Vana-Antsla_vallavalitsus, lk 28
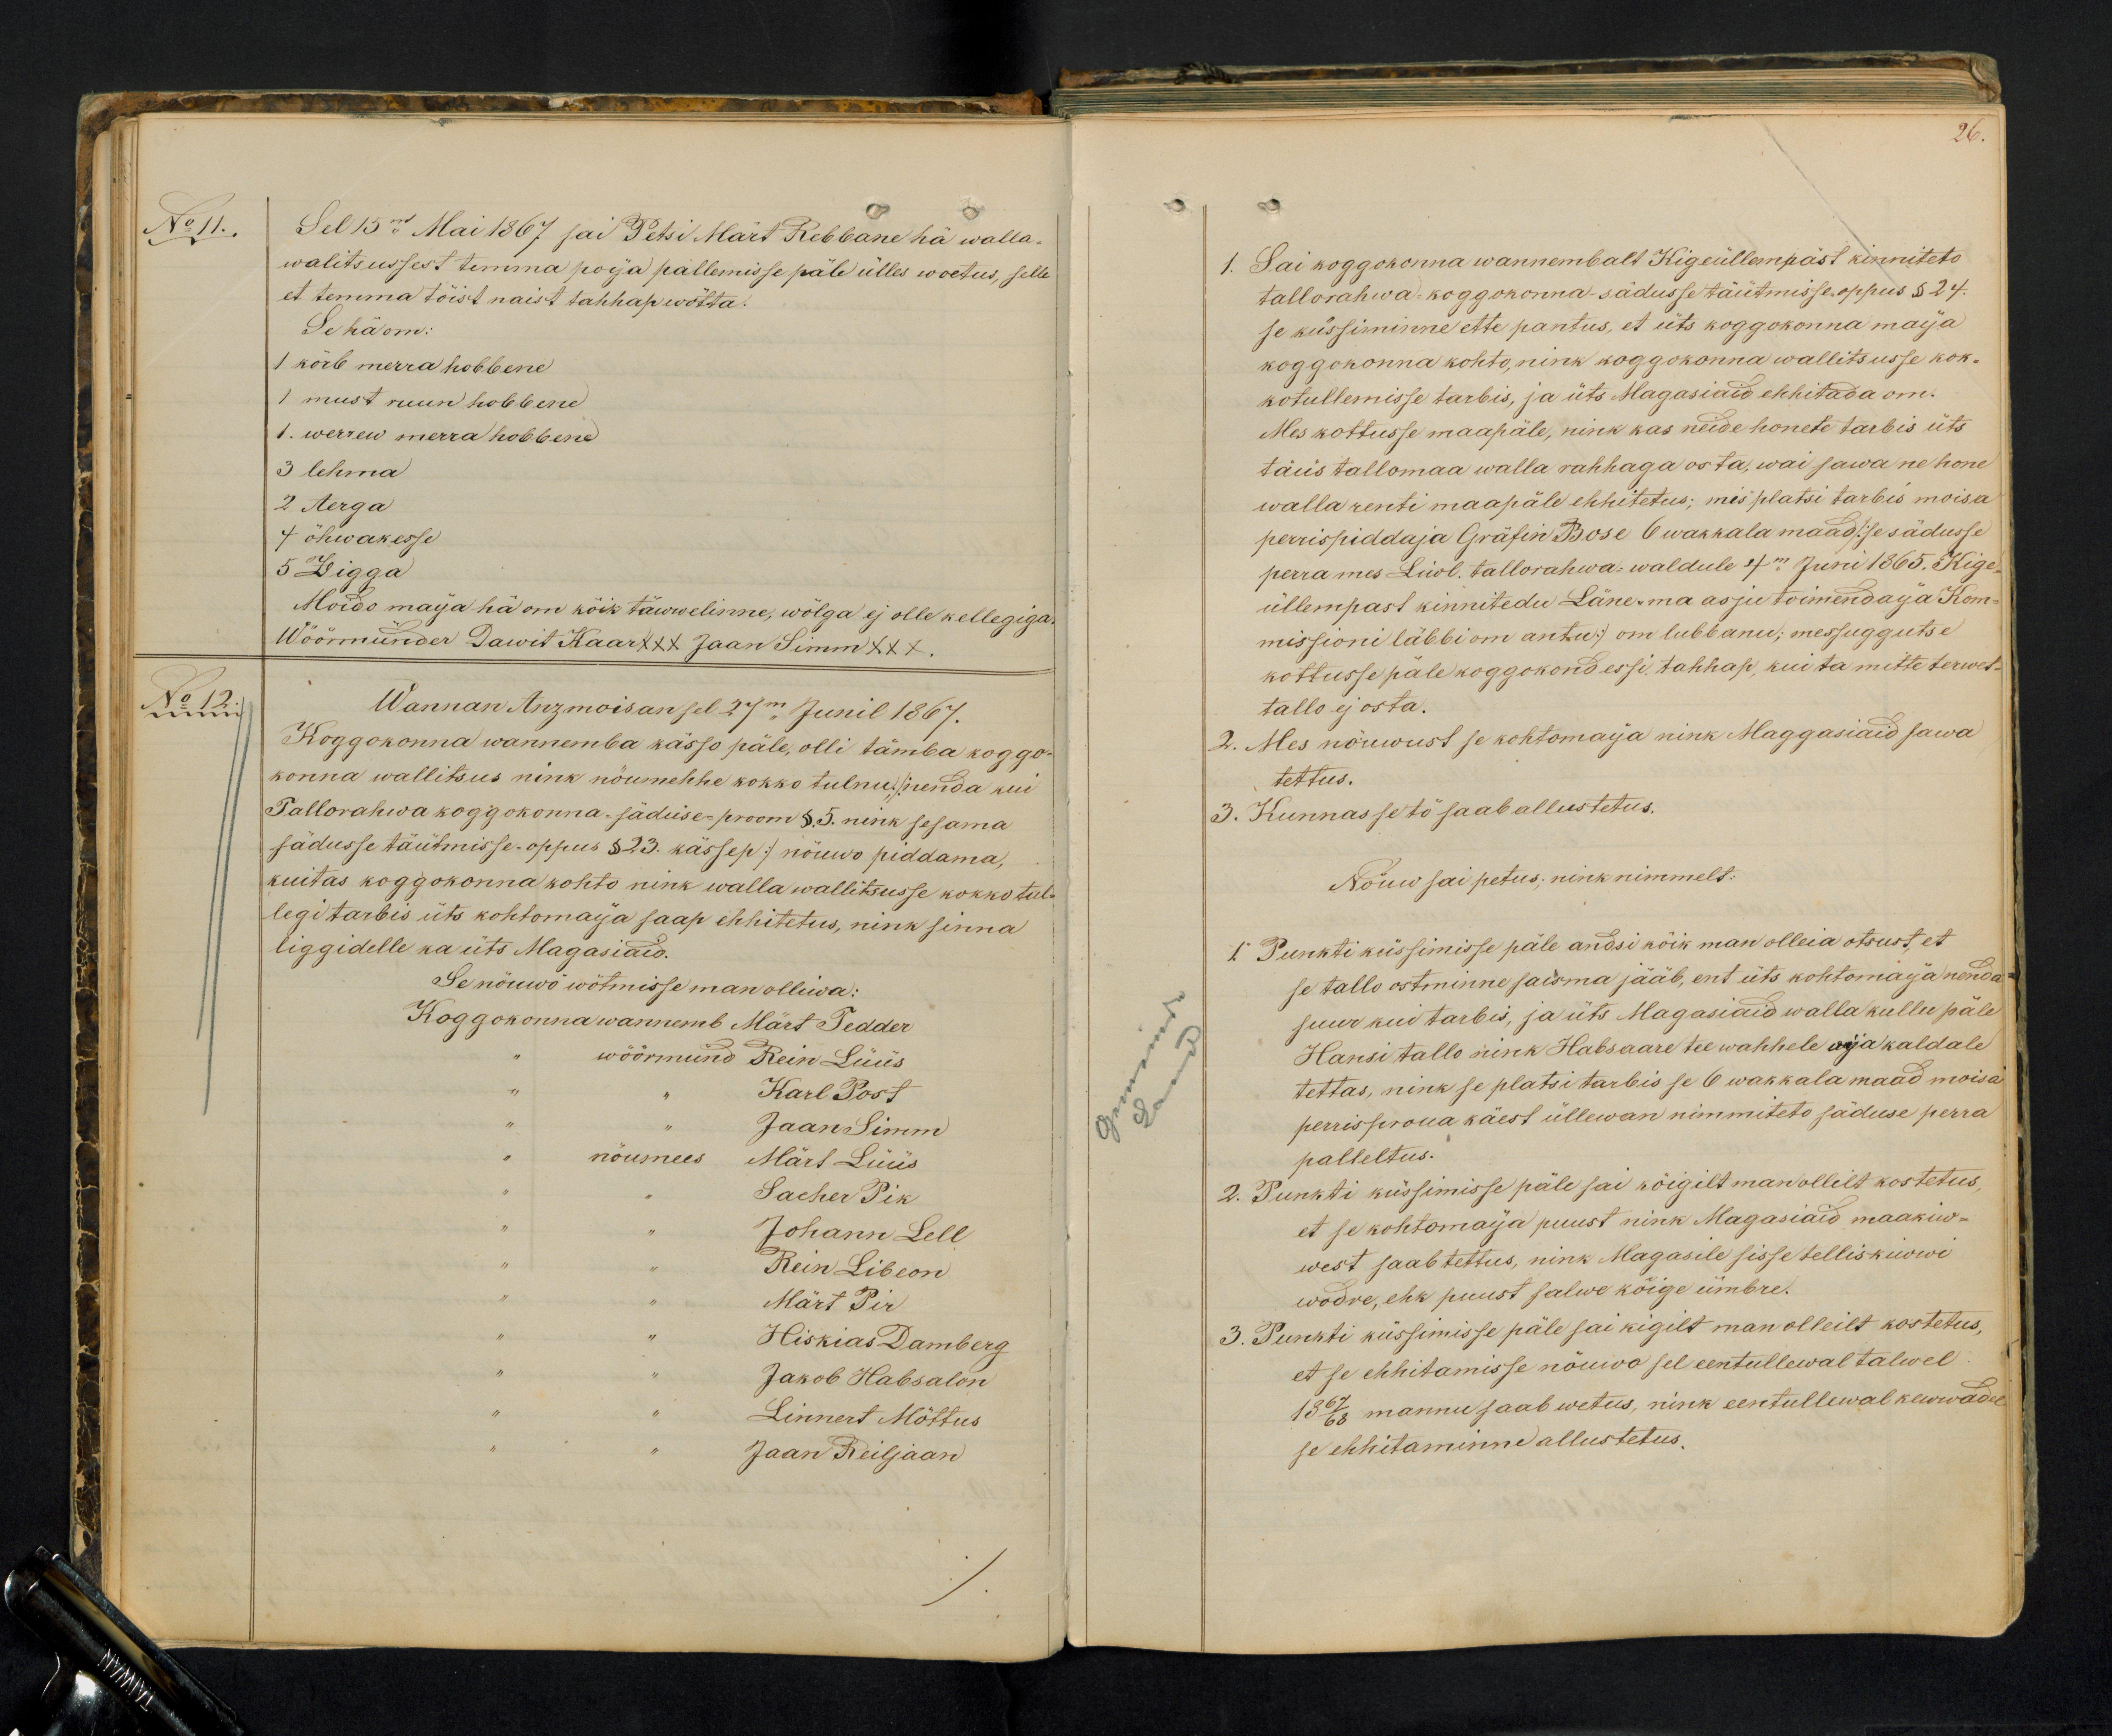
No 11.
Sel 15m Mai 1867 sai Petsi Märt Rebbane hä walla-
walitsussest temma poija pallemisse päle ülles woetus, selle
et temma töist naist tahhap wötta.
Se hä om:
1 kõrb merra hobbene
1 must ruun hobbene
1. werrew merra hobbene
3 lehma
2 Aerga
4 öhwakesse
5 Zigga
Moido maija hä om köik täwwelisime, wölga ej olle kellegiga
Wöörmünder Dawit Kaar XXX Jaan Simm XXX
No 12.
Wannan Anzmoisan sel 27m Junil 1867.
Koggokonna wannemba kässo päle, olli tämba koggo-
konna wallitsus nink nõumehhe kokko tulnu; /: nenda kui
Tallorahwa koggokonna-säduse-proom § 5. nink sesama
sädusse täütmisse-oppus §23. kässep :/nöuwo piddama,
kuitas koggokonna kohto nink walla wallitsusse kokkotul-
legi tarbis üts kohtomaja saap ehhitetus, nink sinna
liggidelle ka üts Magasiaid.
Se nõuwö wõtmisse man olliwa:
Koggokonna wannemb Märt Tedder
wöörmünd Rein Lüüs
Karl Post
Jaan Simm
nöumees Märt Lüüs.
Sacher Pik
Johann Lell
Rein Libeon
Märt Pir
Hiskias Damberg
Jakob Habsalon
Linnert Mõttus
Jaan Reiljaan

26.
1. Sai koggokonna wannembalt Kigeüllempäst kinniteto
tallorahwa-koggokonna-sädusse täütmisse oppus § 24.
se küssiminne ette pantus, et üts koggokonna maija
koggokonna kohto, nink koggokonnas wallitsusse kok-
kotullemisse tarbis, ja üts Magasiaid ehhitada om.
Mes kottusse maapäle, nink kas neide honete tarbis üts
täüs tallomaa walla rahhaga osta, wai sawa ne hone
walla renti maapäle ehhitetus; mis platsi tarbis moisa
perrispidaja Gräfin Bose 6 wakkala maad /: se sädusse
perra mes Liwl. tallorahwa-waldule 4m Juni 1865. Kige-
üllempast kinnitedu Läne-ma asju toimendaija Kom-
missioni läbbi om antu:/ om lubbanu; messuggutse
kottusse päle koggokond essi tahhap, kui ta mitte terwet
tallo ej osta.
2. Mes nõuwust se kohtomaja nink Maggasiaid sawa
tettus.
3. Kunnas se tö saab allustetus.
Nõuw sai petus; nink nimmelt:
1. Punkti küssimisse päle andsi köik man olleia otsust, et
se tallo ostminne saisma jääb, ent üts kohtomaija nenda-
suur kui tarbis, ja üts Magasiaid walla kullu päle
Hansi tallo nink Habsaare tee wahhele oja kaldale
tettas, nink se platsi tarbis se 6 wakkala maad moisa
perrisproua käest üllewan nimmiteto säduse perra
palleltus.
2. Punkti küssimisse päle sai köigilt man ollilt kostetus,
et se kohtomaija puust nink Magasiaid maakiw-
west saab tettus, nink Magasile sisse telliskiwwi
wodre, ehk puust salwe kõige ümbre.
3. Punkti küssimisse päle sai kigilt man olleilt kostetus,
et se ehhitamisse nöuwa sel eestullewal talwel:
1867/68 mannu saab wetus, nink eentullewal kewwadel
se ehhitaminne allustetus.